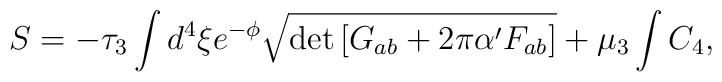
S = - \tau_3 \int d^4 \xi e^{-\phi} \sqrt{\det \left[ G_{ab} + 2\pi    \alpha' F_{ab}\right]} + \mu_3 \int C_4,